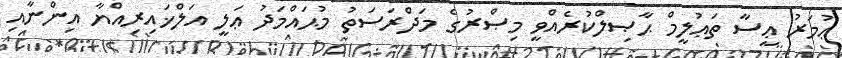
ޢުމަރު ޢީސާ ތަޢުލީމް ޙާޞިލްކުރެއްވީ މިޞްރުގެ މަދްރަސަތު މުޙައްމަދު ޢަލީ އަލްޚައިރިއްޔާ އިންނާއި